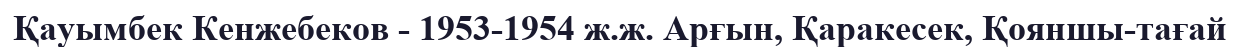
Қауымбек Кенжебеков - 1953-1954 ж.ж. Арғын, Қаракесек, Қояншы-тағай